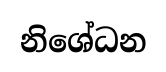
නිශේධන